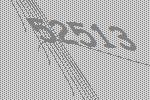
52513